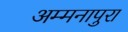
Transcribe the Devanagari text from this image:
अम्मनापुरा